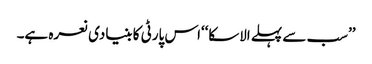
’’سب سے پہلے الاسکا‘‘اس پارٹی کا بنیادی نعرہ ہے۔